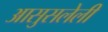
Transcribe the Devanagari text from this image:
आसुसलेली